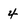
Character: 4